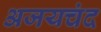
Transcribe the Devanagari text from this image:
अजयचंद